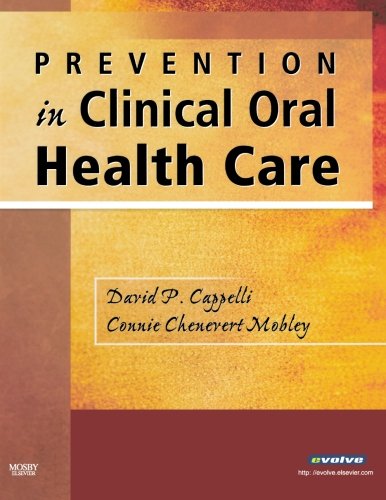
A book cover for Prevention in Clinical Oral Health Care; David P. Cappelli; Medical Books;